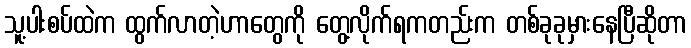
သူ့ပါးစပ်ထဲက ထွက်လာတဲ့ဟာတွေကို တွေ့လိုက်ရကတည်းက တစ်ခုခုမှားနေပြီဆိုတာ